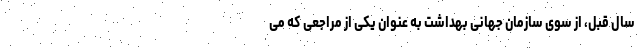
سال قبل، از سوی سازمان جهانی بهداشت به عنوان یکی از مراجعی که می‌